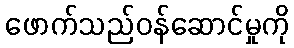
ဖောက်သည်ဝန်ဆောင်မှုကို